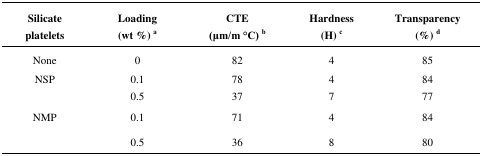
<table><thead><tr><td><b>Silicate platelets</b></td><td><b>Loading (wt %) <sup>a</sup></b></td><td><b>CTE (μm/m °C) <sup>b</sup></b></td><td><b>Hardness (H) <sup>c</sup></b></td><td><b>Transparency (%) <sup>d</sup></b></td></tr></thead><tbody><tr><td>None</td><td>0</td><td>82</td><td>4</td><td>85</td></tr><tr><td>NSP</td><td>0.1</td><td>78</td><td>4</td><td>84</td></tr><tr><td></td><td>0.5</td><td>37</td><td>7</td><td>77</td></tr><tr><td>NMP</td><td>0.1</td><td>71</td><td>4</td><td>84</td></tr><tr><td></td><td>0.5</td><td>36</td><td>8</td><td>80</td></tr></tbody></table>